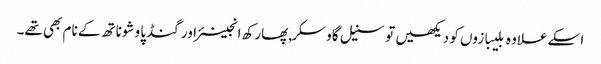
اسکے علاوہ بلیبازوں کو دیکھیں تو سنیل گاوسکر,پھارکھ انجینئر اور گنڈپا وشوناتھ کے نام بھی تھے۔